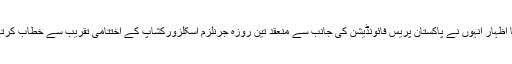
ان خیالات کا اظہار انہوں نے پاکستان پریس فائونڈیشن کی جانب سے منعقد تین روزہ جرنلزم اسکلزورکشاپ کے اختتامی تقریب سے خطاب کرتے ہوئے کیا۔